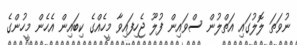
ނުވަތަ ލޮލުގައި އަތްލުން ސްވައިން ފުލޫ ޖެހިފައިވާ މީހެއްގެ ކިބައިން އެހެން މީހުންގެ